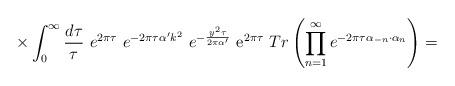
LaTeX: \begin{align*}\times \int_0^\infty \frac {d\tau}{\tau}~ e^{2\pi \tau}~ e^{-2\pi \tau\alpha' k^2} ~e^{- \frac{y^2 \tau}{2\pi\alpha'}}~{\rm e}^{2 \pi \tau}~ Tr \left(\prod_{n=1}^\infty e^{-2\pi \tau \alpha_{-n} \cdot \alpha_{n}}\right)=\end{align*}